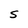
Character: S